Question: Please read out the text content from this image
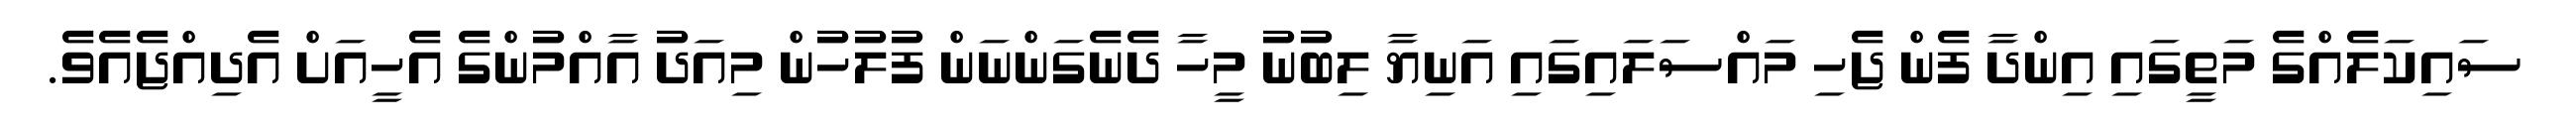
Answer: ސައިކަލެއްގެ މަތީގައި އިންދާ ފެން ޖެހި މައްސަލައިގައި އަނިޔާ ލިބުނު މީހާ ދެނެގަންނަން ފުލުހުން މިއަދު އާއްމުންގެ އެހީއަށް އެދިއްޖެއެވެ.